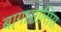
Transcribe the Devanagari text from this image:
बागासोसिस